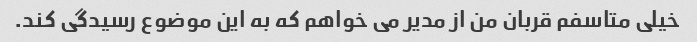
خیلی متاسفم قربان من از مدیر می خواهم که به این موضوع رسیدگی کند.